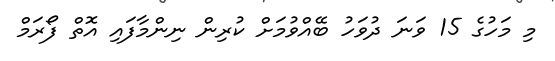
މި މަހުގެ 15 ވަނަ ދުވަހު ބޭއްވުމަށް ކުރިން ނިންމާފައި އޮތް ފޯރަމް